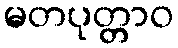
မတပုတ္တာဝ